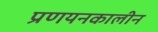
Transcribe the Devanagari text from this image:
प्रणयनकालीन